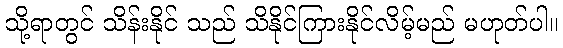
သို့ရာတွင် သိန်းနိုင် သည် သိနိုင်ကြားနိုင်လိမ့်မည် မဟုတ်ပါ။